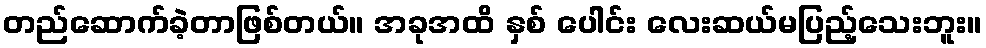
တည်ဆောက်ခဲ့တာဖြစ်တယ်။ အခုအထိ နှစ် ပေါင်း လေးဆယ်မပြည့်သေးဘူး။